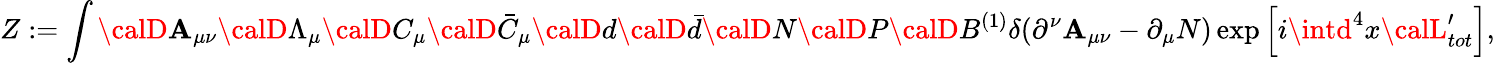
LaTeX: Z:=\int{\calD}\mathbf{A}_{\mu\nu}{\calD}\Lambda_{\mu}{\calD}C_{\mu}{\calD}\bar{{C}}_{\mu}{\calD}d{\calD}\bar{{d}}{\calD}N{\calD}P{\calD}B^{(1)}\delta(\partial^{\nu}\mathbf{A}_{\mu\nu}-\partial_{\mu}N)\exp\left[i\intd^{4}x{\calL}_{tot}^{\prime}\right],